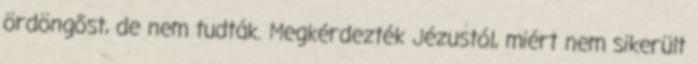
ördöngőst, de nem tudták. Megkérdezték Jézustól, miért nem sikerült